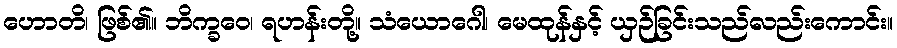
ဟောတိ၊ ဖြစ်၏။ ဘိက္ခဝေ၊ ရဟန်းတို့။ သံယောဂေါ၊ မေထုန်နှင့် ယှဉ်ခြင်းသည်လည်းကောင်း။